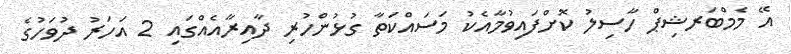
އޭ މެމްބަރޝިޕް ހާސިލު ކޮށްފައިވުމާއެކު މަސައްކަތާ ގުޅުންހުރި ދާއިރާއެއްގައި 2 އަހަރު ދުވަހުގެ